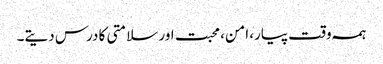
ہمہ وقت پیار، امن، محبت اور سلامتی کا درس دیتے۔